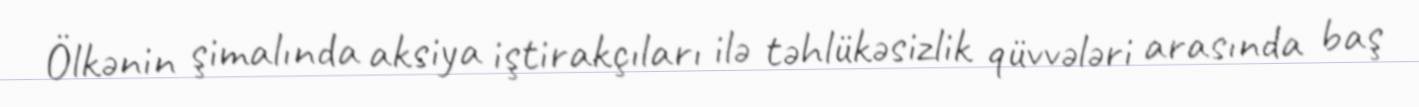
Ölkənin şimalında aksiya iştirakçıları ilə təhlükəsizlik qüvvələri arasında baş